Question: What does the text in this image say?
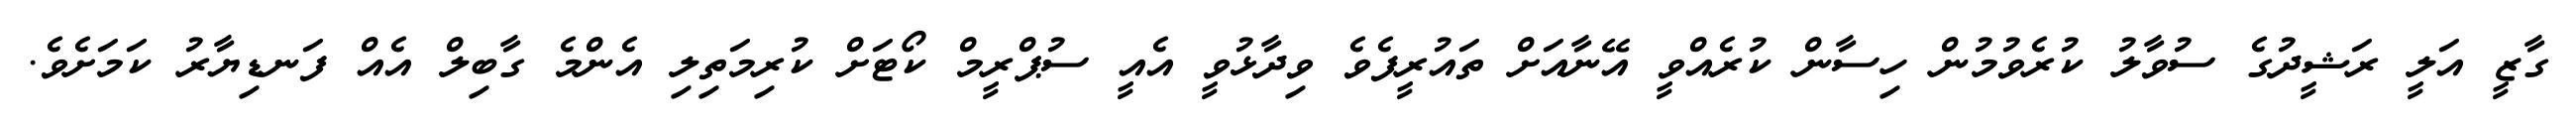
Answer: ގާޒީ އަލީ ރަޝީދުގެ ސުވާލު ކުރެވުމުން ހިސާން ކުރެއްވީ އޭނާއަށް ތައުރީފެވެ ވިދާޅުވީ އެއީ ސުޕްރީމް ކޯޓަށް ކުރިމަތިލި އެންމެ ގާބިލް އެއް ފަނޑިޔާރު ކަމަށެވެ.